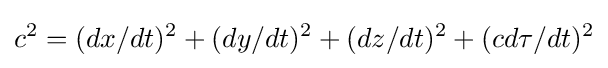
c^{2}=(dx/dt)^{2}+(dy/dt)^{2}+(dz/dt)^{2}+(cd\tau /dt)^{2}